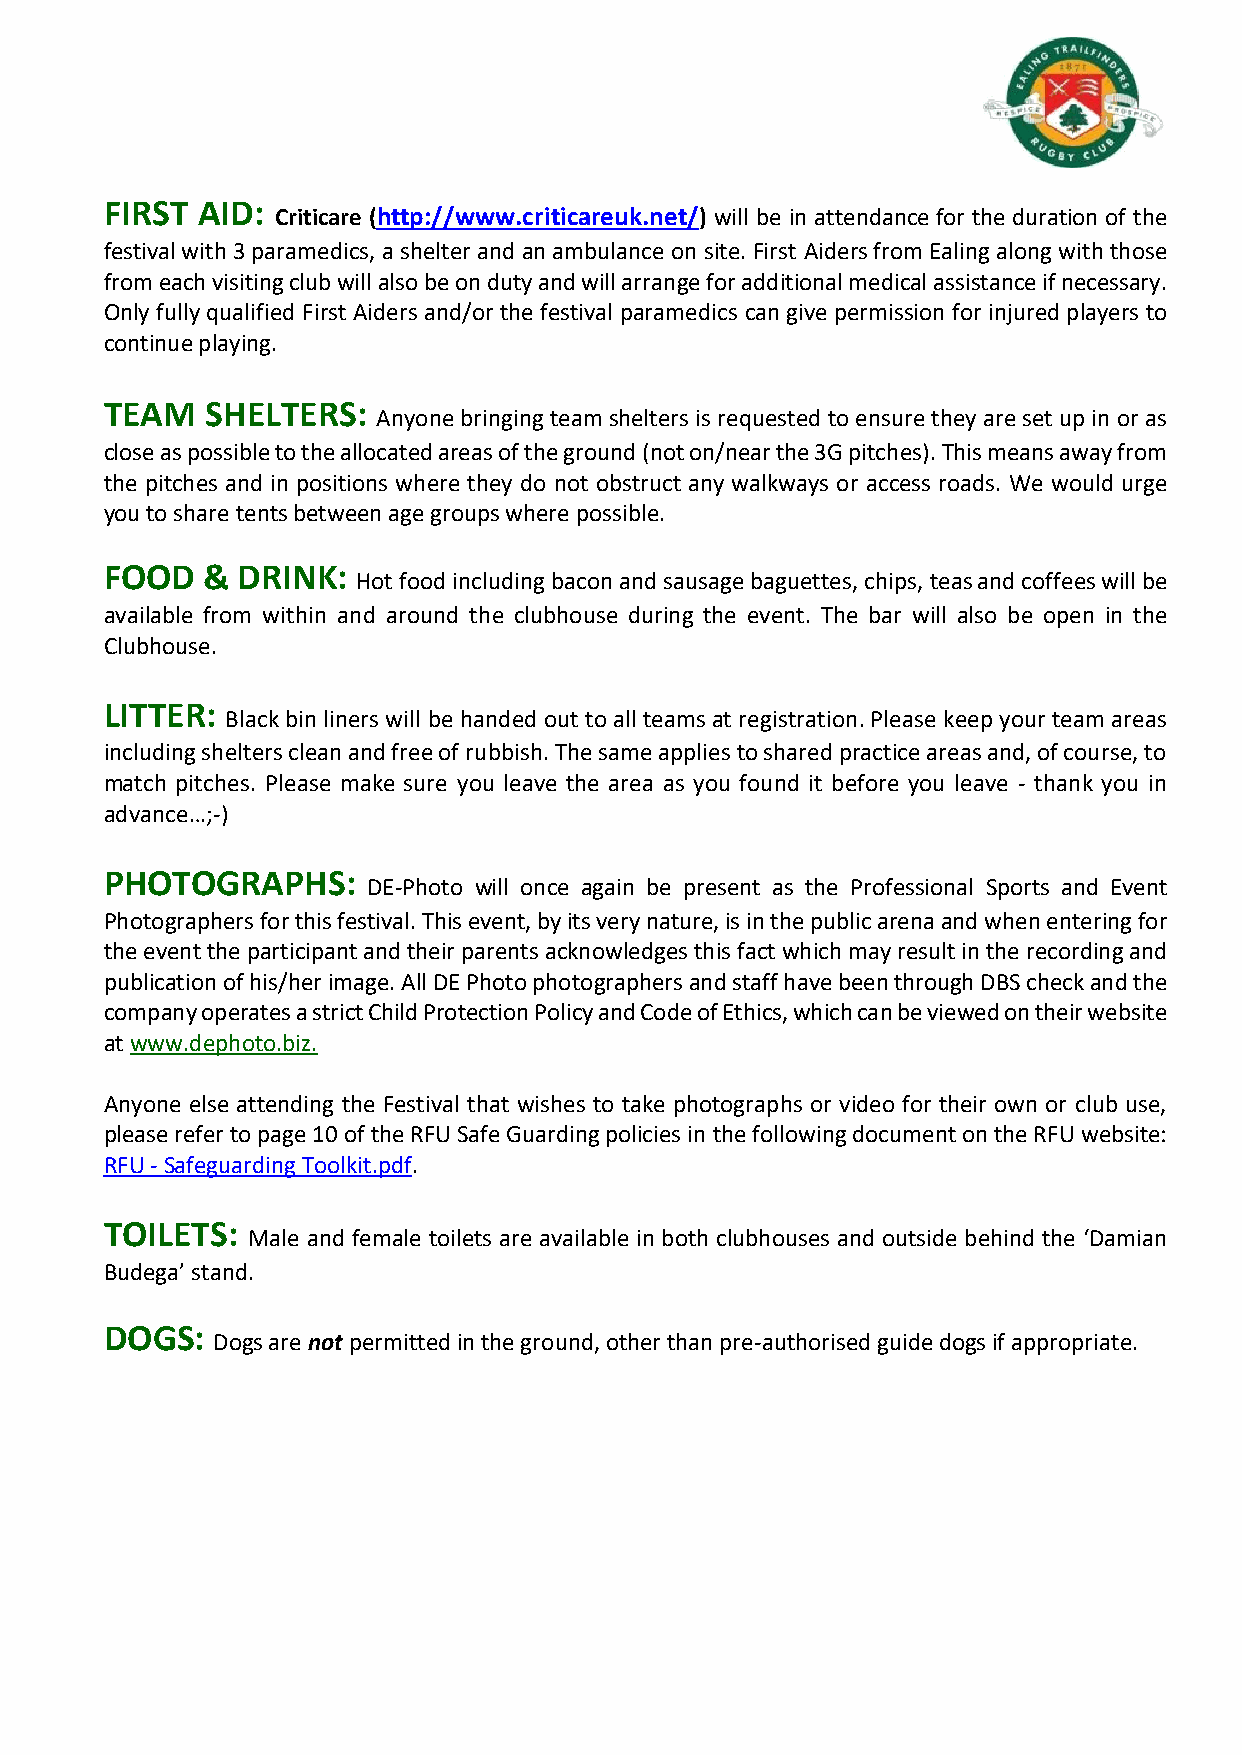
FIRST AID:
 Criticare (http://www.criticareuk.net/) will be in attendance for the duration of the
 festival with 3 paramedics, a shelter and an ambulance on site. First Aiders from Ealing along with those
 from each visiting club will also be on duty and will arrange for additional medical assistance if necessary.
 Only fully qualified First Aiders and/or the festival paramedics can give permission for injured players to
 continue playing.
 TEAM   SHELTERS:
 Anyone bringing team shelters is requested to ensure they are set up in or as
 close as possible to the allocated areas of the ground (not on/near the 3G pitches). This means away from
 the pitches and in positions where they do not obstruct any walkways or access roads. We would urge
 you to share tents between age groups where possible.
 FOOD  &  DRINK:
 Hot food including bacon and sausage baguettes, chips, teas and coffees will be
 available from within and around the clubhouse during the event. The bar will also be open in the
 Clubhouse.
 LITTER:
 Black bin liners will be handed out to all teams at registration. Please keep your team areas
 including shelters clean and free of rubbish. The same applies to shared practice areas and, of course, to
 match pitches. Please make sure you leave the area as you found it before you leave - thank you in
 advance…;-)
 PHOTOGRAPHS:
 DE-Photo will once again be present as the Professional Sports and Event
 Photographers for this festival. This event, by its very nature, is in the public arena and when entering for
 the event the participant and their parents acknowledges this fact which may result in the recording and
 publication of his/her image. All DE Photo photographers and staff have been through DBS check and the
 company operates a strict Child Protection Policy and Code of Ethics, which can be viewed on their website
 at www.dephoto.biz.
 Anyone else attending the Festival that wishes to take photographs or video for their own or club use,
 please refer to page 10 of the RFU Safe Guarding policies in the following document on the RFU website:
 RFU - Safeguarding Toolkit.pdf.
 TOILETS:
 Male and female toilets are available in both clubhouses and outside behind the ‘Damian
 Budega’ stand.
 DOGS:
 Dogs are not permitted in the ground, other than pre-authorised guide dogs if appropriate.